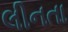
લીનતા